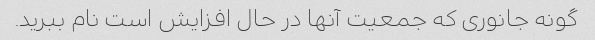
گونه جانوری که جمعیت آنها در حال افزایش است نام ببرید.